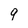
Character: 9